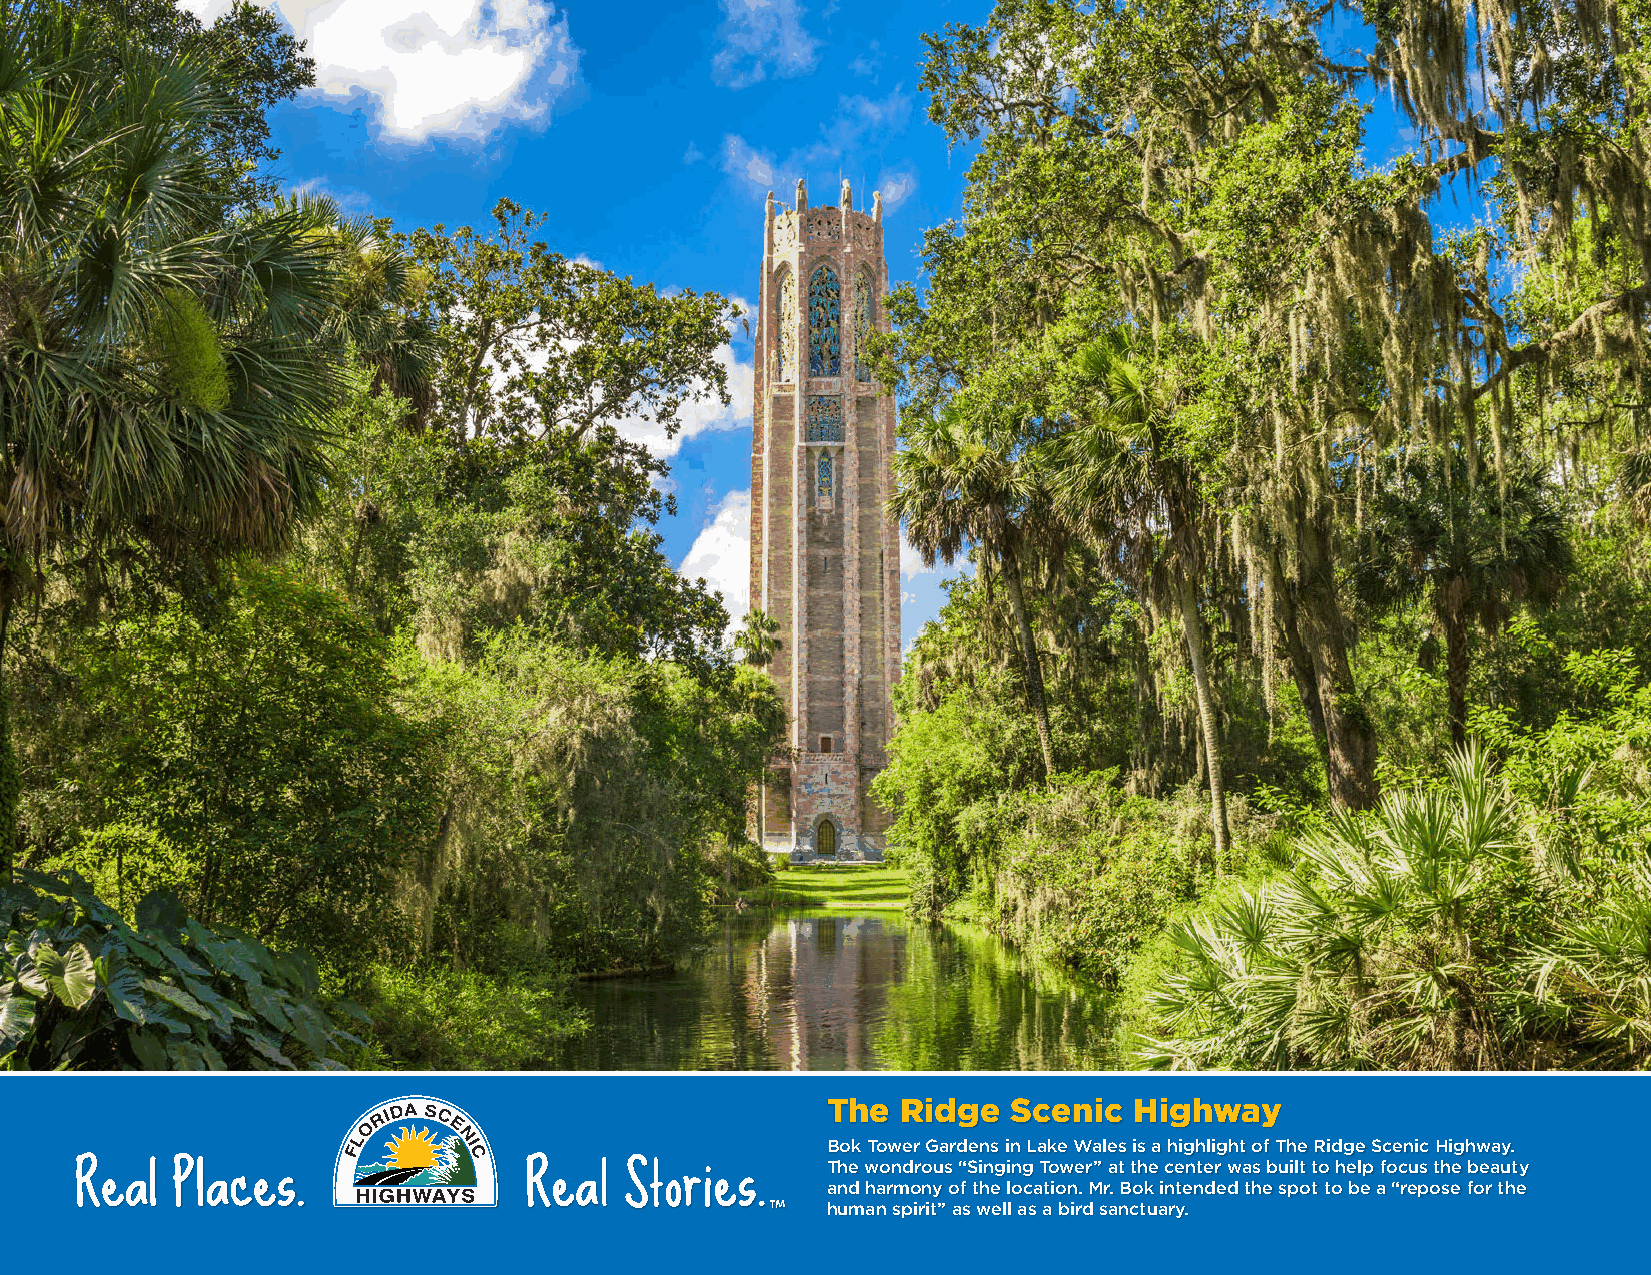
The  Ridge  Scenic  Highway
 Bok Tower Gardens in Lake Wales is a highlight of The Ridge Scenic Highway.
 The wondrous “Singing Tower” at the center was built to help focus the beauty
 and harmony of the location. Mr. Bok intended the spot to be a “repose for the
 human spirit” as well as a bird sanctuary.